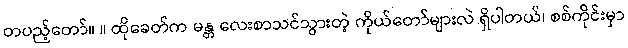
တပည့်တော်။ ။ ထိုခေတ်က မန္တ လေးစာသင်သွားတဲ့ ကိုယ်တော်များလဲ ရှိပါတယ်၊ စစ်ကိုင်းမှာ